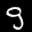
Label: 9